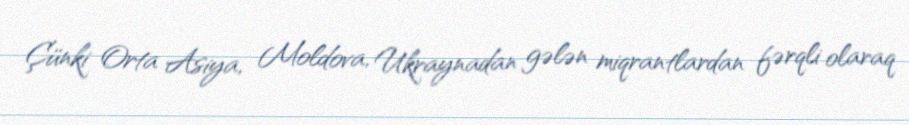
Çünki Orta Asiya, Moldova, Ukraynadan gələn miqrantlardan fərqli olaraq